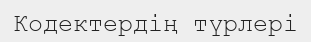
Кодектердің түрлері